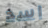
اسد